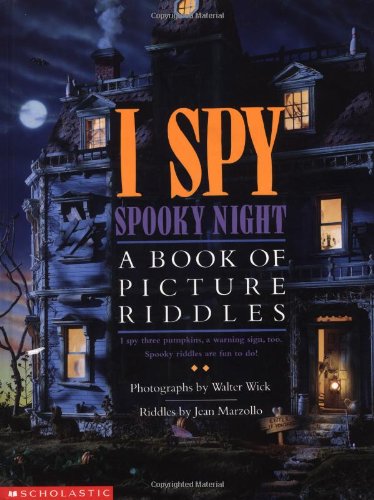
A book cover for I Spy Spooky Night: A Book of Picture Riddles; Jean Marzollo; Children's Books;